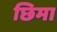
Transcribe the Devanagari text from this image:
छिमा